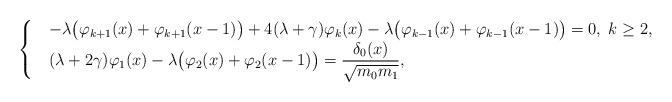
LaTeX: \begin{align*}\begin{cases}&-\lambda \big(\varphi_{k+1}(x)+\varphi_{k+1}(x-1)\big) + 4(\lambda+\gamma)\varphi_k(x)-\lambda\big(\varphi_{k-1}(x)+\varphi_{k-1}(x-1)\big)=0,\; k \geq 2,\\&(\lambda+2\gamma)\varphi_1(x) - \lambda \big(\varphi_2(x)+\varphi_2(x-1)\big) = \displaystyle \frac{\delta_0(x)}{\sqrt{m_0m_1}},\end{cases}\end{align*}